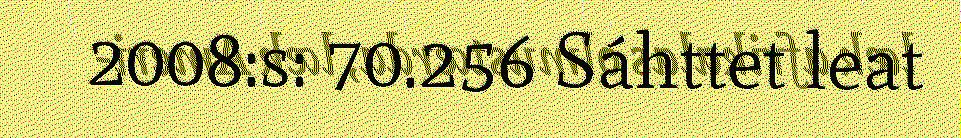
2008:s: 70.256 Sáhttet leat